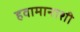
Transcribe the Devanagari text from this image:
हवामानाशी